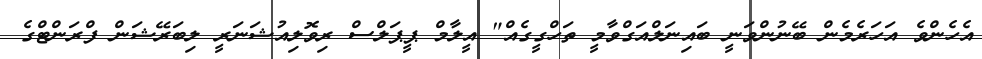
އެހެންވެ އަހަރެމެން ބޭނުންވަނީ ބައިނަލްއަގްވާމީ ތަހްގީގެއް" އީލާމް ޕީޕަލްސް ރިވޮލިއުޝަނަރީ ލިބަރޭޝަން ފްރަންޓްގެ